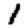
Digit: 1